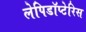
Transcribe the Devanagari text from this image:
लेपिडॉप्टेरिस